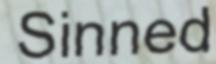
Sinned